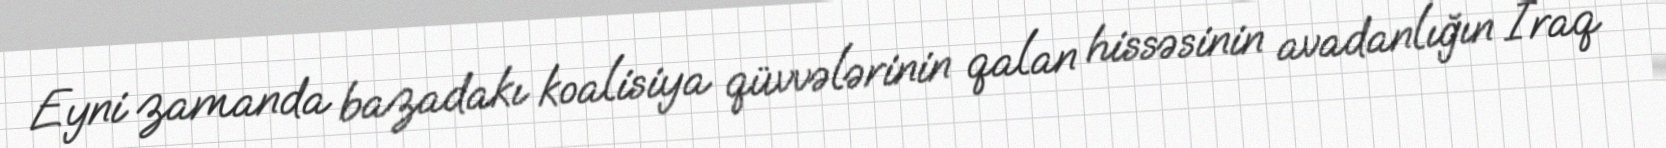
Eyni zamanda bazadakı koalisiya qüvvələrinin qalan hissəsinin avadanlığın İraq